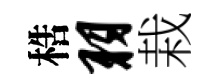
梏羽栽